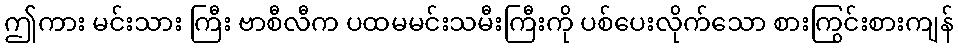
ဤကား မင်းသား ကြီး ဗာစီလီက ပထမမင်းသမီးကြီးကို ပစ်ပေးလိုက်သော စားကြွင်းစားကျန်